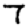
Digit: 7